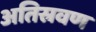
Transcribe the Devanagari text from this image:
अतिस्रवण